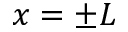
x = \pm L